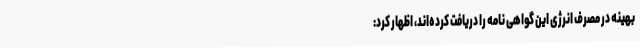
بهینه در مصرف انرژی این گواهی نامه را دریافت کرده‌اند، اظهار کرد: